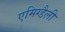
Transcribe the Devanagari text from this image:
एमिग्डैली